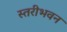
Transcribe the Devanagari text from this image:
स्तरीभवन